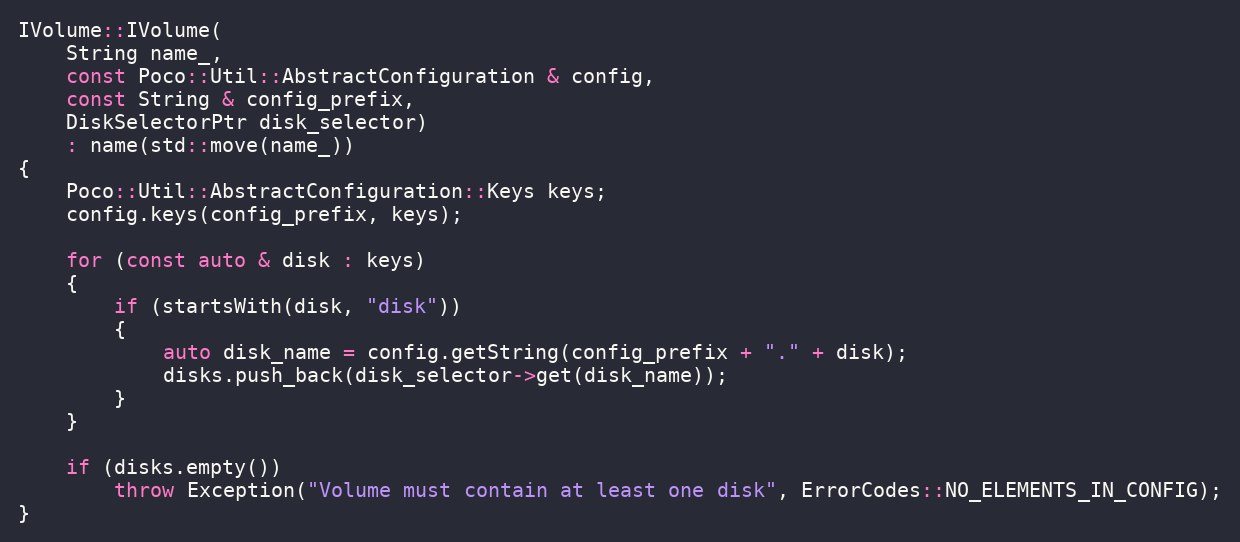
Language: C++
IVolume::IVolume(
    String name_,
    const Poco::Util::AbstractConfiguration & config,
    const String & config_prefix,
    DiskSelectorPtr disk_selector)
    : name(std::move(name_))
{
    Poco::Util::AbstractConfiguration::Keys keys;
    config.keys(config_prefix, keys);

    for (const auto & disk : keys)
    {
        if (startsWith(disk, "disk"))
        {
            auto disk_name = config.getString(config_prefix + "." + disk);
            disks.push_back(disk_selector->get(disk_name));
        }
    }

    if (disks.empty())
        throw Exception("Volume must contain at least one disk", ErrorCodes::NO_ELEMENTS_IN_CONFIG);
}